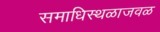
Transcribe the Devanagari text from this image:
समाधिस्थळाजवळ